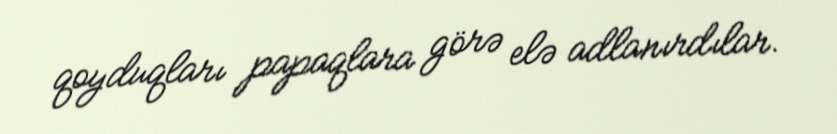
qoyduqları papaqlara görə elə adlanırdılar.